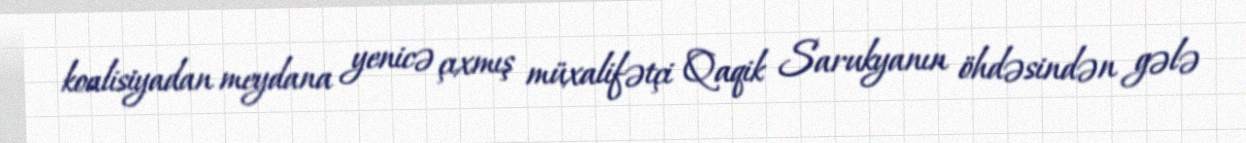
koalisiyadan meydana yenicə çıxmış müxalifətçi Qaqik Sarukyanın öhdəsindən gələ